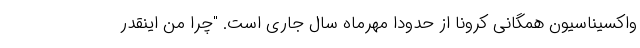
واکسیناسیون همگانی کرونا از حدودا مهرماه سال جاری است. "چرا من اینقدر